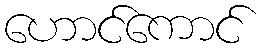
ဟောင်ကောင်